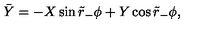
\bar { Y } = - X \sin \tilde { r } _ { - } \phi + Y \cos \tilde { r } _ { - } \phi ,